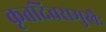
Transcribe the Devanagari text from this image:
कृतदिवसमुखैः